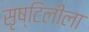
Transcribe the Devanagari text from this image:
सृष्टिलीला